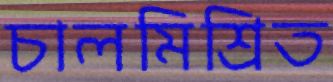
চালমিশ্রিত